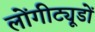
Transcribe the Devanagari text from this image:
लोंगीट्यूडों